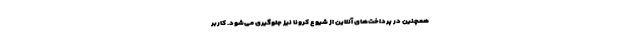
همچنین در پرداخت‌های آنلاین از شیوع کرونا نیز جلوگیری می‌شود. کاربر